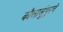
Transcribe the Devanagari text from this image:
कौलालूंपूरचे